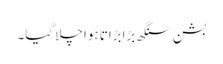
بشن سنگھ بڑابڑاتا ہوا چلا گیا۔